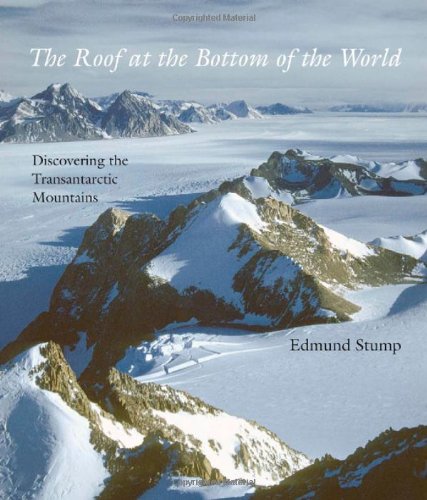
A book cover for The Roof at the Bottom of the World: Discovering the Transantarctic Mountains; Edmund Stump; Science & Math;